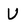
Character: U